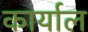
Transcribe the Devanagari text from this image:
कार्याल